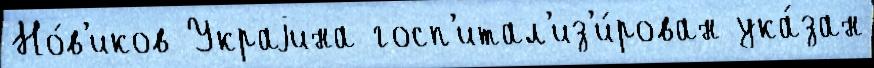
Но́в'иков Украjина госп'итал'из'и́рован ука́зан